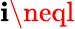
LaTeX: \mathbf{i}\neql